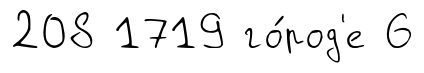
208 1719 го́род'е 6